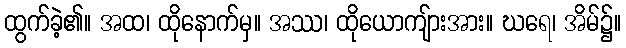
ထွက်ခဲ့၏။ အထ၊ ထိုနောက်မှ။ အဿ၊ ထိုယောကျ်ားအား။ ဃရေ၊ အိမ်၌။